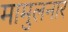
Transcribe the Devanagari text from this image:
मामुलनार